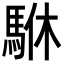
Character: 䮌